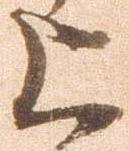
上